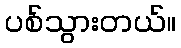
ပစ်သွားတယ်။